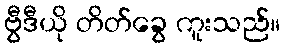
ဗွီဒီယို တိတ်ခွေ ကူးသည်။